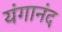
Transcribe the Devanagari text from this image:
यंगानंद